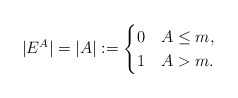
\begin{align*}|E^A|=|A|:=\begin{cases}0 &A\leq m,\\1 &A> m.\end{cases}\end{align*}